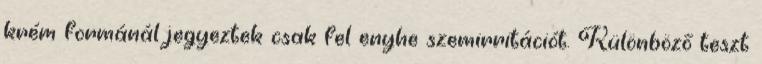
krém formánál jegyeztek csak fel enyhe szemirritációt. Különböző teszt